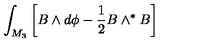
\int _ { M _ { 3 } } \left[ B \wedge d \phi - \frac 1 2 B \wedge ^ { * } B \right]